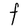
Character: F